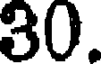
30.